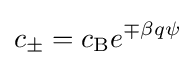
c_{\pm }=c_{\rm {B}}e^{\mp \beta q\psi }